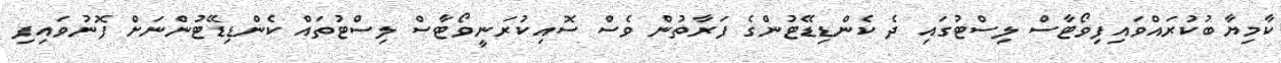
ކާމިޔާބުކުރައްވައިފިވޯޓާސް ލިސްޓުގައި ދެ ކެންޑިޑޭޓުންގެ ފަރާތުން ވެސް ސޮއިކުރަނީވޯޓާސް ލިސްޓުތައް ކެންޑިޑޭޓުންނަށް ފޮނުވައިފި